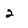
Character: 2